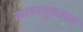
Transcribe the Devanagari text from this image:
काव्यगुच्छात